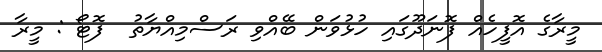
މީރާގެ އޮފީހެއް ފޮނަދޫގައި ހުޅުވަން ބޭއްވި ރަސްމިއްޔާތު  ފޮޓޯ : މީރާ